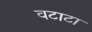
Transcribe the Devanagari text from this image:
वटाटा